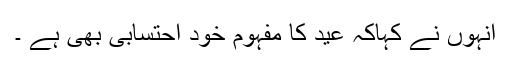
انہوں نے کہاکہ عید کا مفہوم خود احتسابی بھی ہے ۔